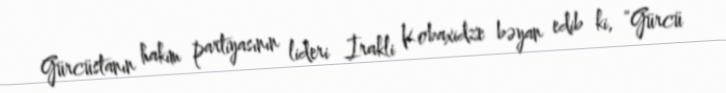
Gürcüstanın hakim partiyasının lideri İrakli Kobaxidze bəyan edib ki, “Gürcü